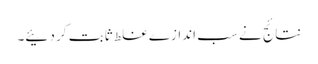
نتائج نے سب اندازے غلط ثابت کر دئیے۔